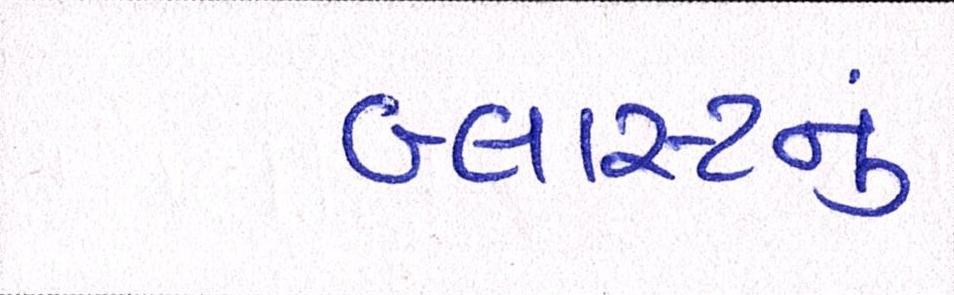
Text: બ્લાસ્ટનું